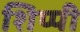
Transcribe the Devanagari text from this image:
शिप्पी